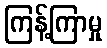
ကြန့်ကြာမှု